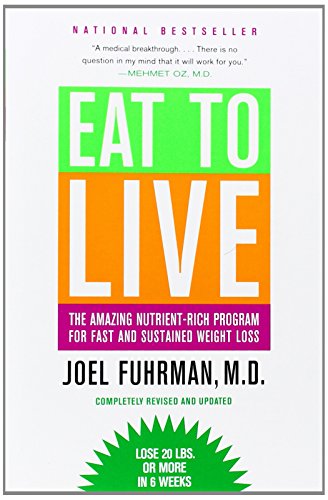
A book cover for Eat to Live: The Amazing Nutrient-Rich Program for Fast and Sustained Weight Loss, Revised Edition; Joel Fuhrman; Self-Help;